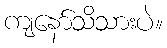
ကျနော်သိသားပဲ။